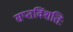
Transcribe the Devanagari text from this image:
सप्तविंशतिः